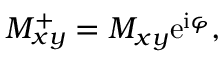
M _ { x y } ^ { + } = M _ { x y } \mathrm { e } ^ { \mathrm { i } \varphi } ,